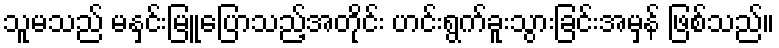
သူမသည် မနှင်းမြူပြောသည့်အတိုင်း ဟင်းရွက်ခူးသွားခြင်းအမှန် ဖြစ်သည်။